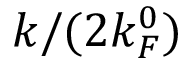
k / ( 2 k _ { F } ^ { 0 } )